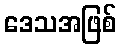
ဒေသအဖြစ်